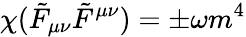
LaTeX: \chi(\tilde{F}_{\mu\nu}\tilde{F}^{\mu\nu})=\pm\omega m^{4}